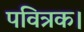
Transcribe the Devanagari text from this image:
पवित्रक।